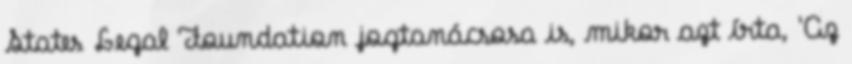
States Legal Foundation jogtanácsosa is, mikor azt írta, 'Az